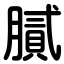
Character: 膩